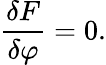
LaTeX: \frac{\delta F}{\delta\varphi}=0.